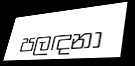
පලඳනා